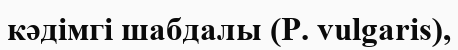
кәдімгі шабдалы (P. vulgaris),